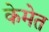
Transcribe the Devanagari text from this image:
केमेत